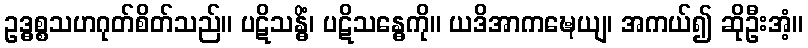
ဥဒ္ဓစ္စသဟဂုတ်စိတ်သည်။ ပဋိသန္ဓိံ၊ ပဋိသန္ဓေကို။ ယဒိအာကဍ္ဎေယျ၊ အကယ်၍ ဆိုဦးအံ့။